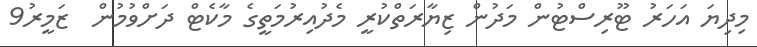
މިދިޔަ އަހަރު ޓޫރިސްޓުން މަދުން ޒިޔާރަތްކުރީ މެދުއިރުމަތީގެ މާކެޓް ދަށްވުމުން  ޒަމީރު9